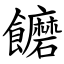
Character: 饝